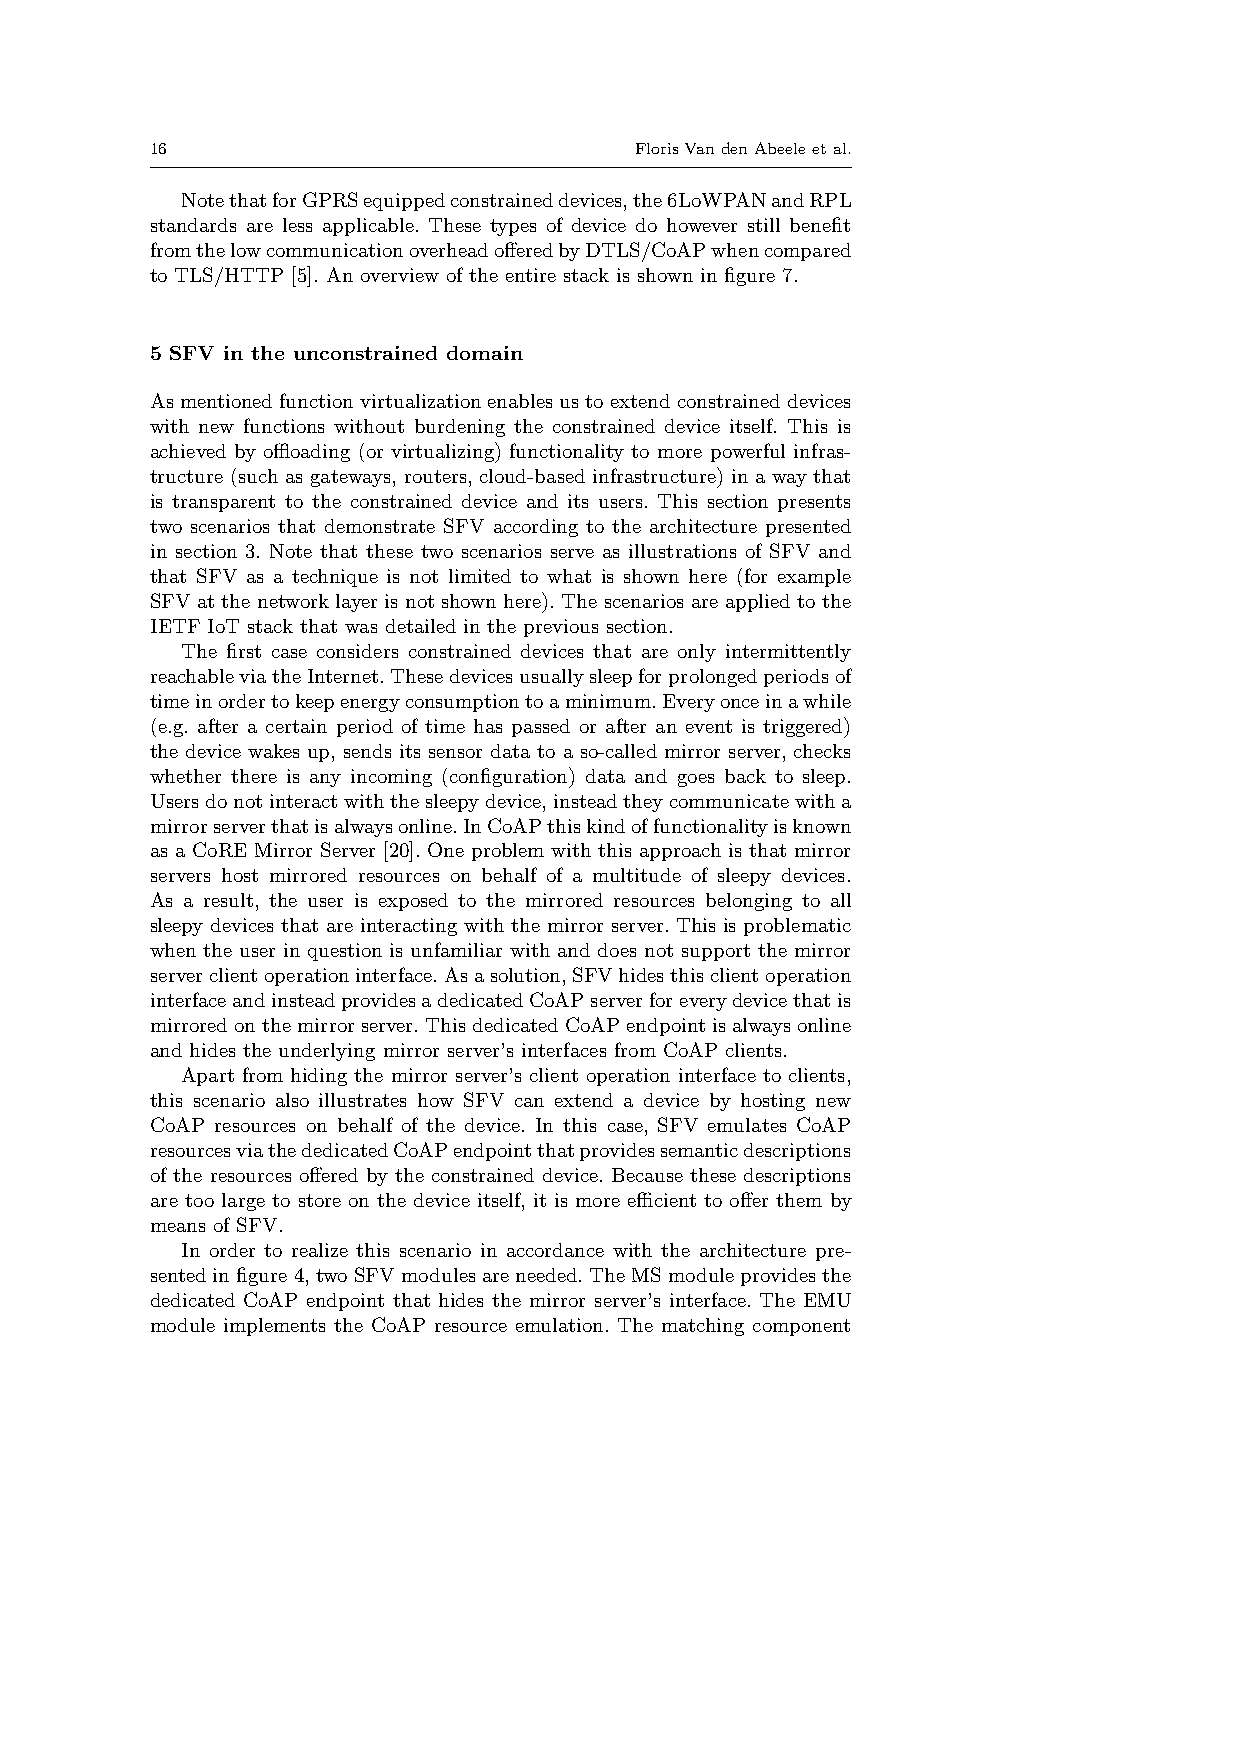
16                              FlorisVandenAbeeleetal.
 NotethatforGPRSequippedconstraineddevices,the6LoWPANandRPL
 standards are less applicable. These types of device do however still benefit
 fromthelowcommunicationoverheadofferedbyDTLS/CoAPwhencompared
 to TLS/HTTP [5]. An overview of the entire stack is shown in figure 7.
 5 SFV in the unconstrained domain
 Asmentionedfunctionvirtualizationenablesustoextendconstraineddevices
 with new functions without burdening the constrained device itself. This is
 achieved by offloading (or virtualizing) functionality to more powerful infras-
 tructure (such as gateways, routers, cloud-based infrastructure) in a way that
 is transparent to the constrained device and its users. This section presents
 two scenarios that demonstrate SFV according to the architecture presented
 in section 3. Note that these two scenarios serve as illustrations of SFV and
 that SFV as a technique is not limited to what is shown here (for example
 SFV at the network layer is not shown here). The scenarios are applied to the
 IETF IoT stack that was detailed in the previous section.
 The first case considers constrained devices that are only intermittently
 reachableviatheInternet.Thesedevicesusuallysleepforprolongedperiodsof
 timeinordertokeepenergyconsumptiontoaminimum.Everyonceinawhile
 (e.g. after a certain period of time has passed or after an event is triggered)
 the device wakes up, sends its sensor data to a so-called mirror server, checks
 whether there is any incoming (configuration) data and goes back to sleep.
 Usersdonotinteractwiththesleepydevice,insteadtheycommunicatewitha
 mirrorserverthatisalwaysonline.InCoAPthiskindoffunctionalityisknown
 as a CoRE Mirror Server [20]. One problem with this approach is that mirror
 servers host mirrored resources on behalf of a multitude of sleepy devices.
 As a result, the user is exposed to the mirrored resources belonging to all
 sleepy devices that are interacting with the mirror server. This is problematic
 when the user in question is unfamiliar with and does not support the mirror
 serverclientoperationinterface.Asasolution,SFVhidesthisclientoperation
 interfaceandinsteadprovidesadedicatedCoAPserverforeverydevicethatis
 mirroredonthemirrorserver.ThisdedicatedCoAPendpointisalwaysonline
 and hides the underlying mirror server’s interfaces from CoAP clients.
 Apart from hiding the mirror server’s client operation interface to clients,
 this scenario also illustrates how SFV can extend a device by hosting new
 CoAP resources on behalf of the device. In this case, SFV emulates CoAP
 resourcesviathededicatedCoAPendpointthatprovidessemanticdescriptions
 of the resources offered by the constrained device. Because these descriptions
 are too large to store on the device itself, it is more efficient to offer them by
 means of SFV.
 In order to realize this scenario in accordance with the architecture pre-
 sentedinfigure4,twoSFVmodulesareneeded.TheMSmoduleprovidesthe
 dedicated CoAP endpoint that hides the mirror server’s interface. The EMU
 module implements the CoAP resource emulation. The matching component